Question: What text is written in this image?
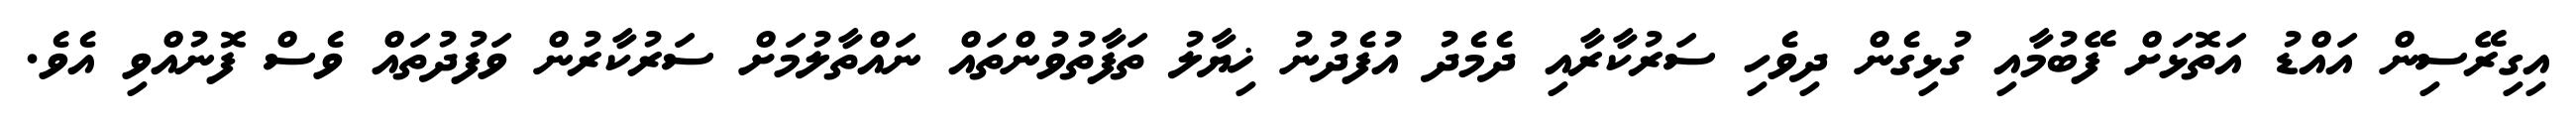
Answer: އިގިރޭސިން އައްޑު އަތޮޅަށް ފޭބުމާއި ގުޅިގެން ދިވެހި ސަރުކާރާއި ދެމެދު އުފެދުނު ޚިޔާލު ތަފާތުވުންތައް ނައްތާލުމަށް ސަރުކާރުން ވަފުދުތައް ވެސް ފޮނުއްވި އެވެ.